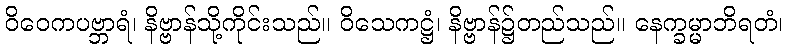
ဝိဝေကပဗ္ဘာရံ၊ နိဗ္ဗာန်သို့ကိုင်းသည်။ ဝိသေကဋ္ဌံ၊ နိဗ္ဗာန်၌တည်သည်။ နေက္ခမ္မာဘိရတံ၊